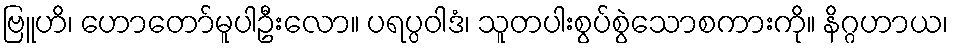
ဗြူဟိ၊ ဟောတော်မူပါဦးလော။ ပရပ္ပဝါဒံ၊ သူတပါးစွပ်စွဲသောစကားကို။ နိဂ္ဂဟာယ၊